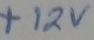
Text: +12V